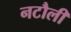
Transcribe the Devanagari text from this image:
नटौली